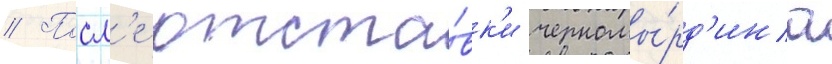
// Посл'е отста́вк'и черномы́рд'ина